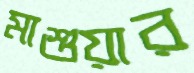
মাশুয়ার